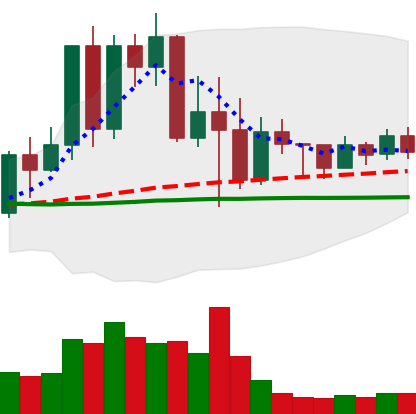
Ticker: TRX-USD
Chart end date: 2022-05-20
Forward return: 18.611%
Label: up_7plus